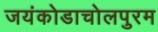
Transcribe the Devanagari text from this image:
जयंकोडाचोलपुरम